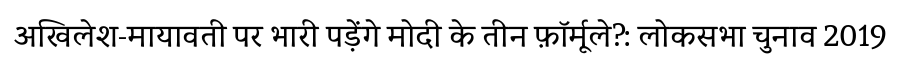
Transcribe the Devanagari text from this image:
अखिलेश-मायावती पर भारी पड़ेंगे मोदी के तीन फ़ॉर्मूले?: लोकसभा चुनाव 2019